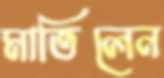
মাতিলেন